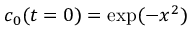
c _ { 0 } ( t = 0 ) = \exp ( - x ^ { 2 } )